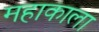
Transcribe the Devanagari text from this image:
महाकाला